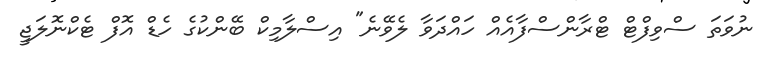
ނުވަތަ ސްވިފްޓް ޓްރާންސްފާއެއް ހައްދަވާ ލެވޭނެ" އިސްލާމިކް ބޭންކުގެ ހެޑް އޮފް ޓެކްނޮލަޖީ